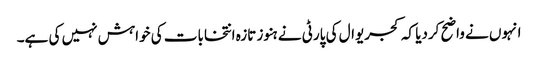
انہوں نے واضح کردیا کہ کجریوال کی پارٹی نے ہنوز تازہ انتخابات کی خواہش نہیں کی ہے۔